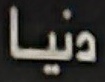
دنیا